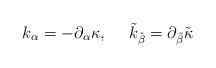
LaTeX: \begin{align*}k_\alpha = -\partial_\alpha \kappa , \ \ \ \ \tilde{k}_{\tilde{\beta}}=\partial_{\tilde{\beta}}\tilde{\kappa}\end{align*}